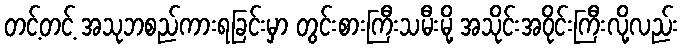
တင့်တင့် အသုဘစည်ကားရခြင်းမှာ တွင်းစားကြီးသမီးမို့ အသိုင်းအဝိုင်းကြီးလို့လည်း